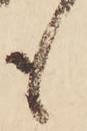
も